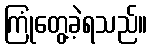
ကြုံတွေ့ခဲ့ရသည်။